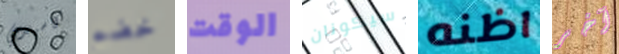
كاسيدي خضم الوقت سيكونان اظنه آخر